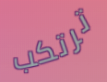
ترتكب